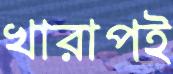
খারাপই